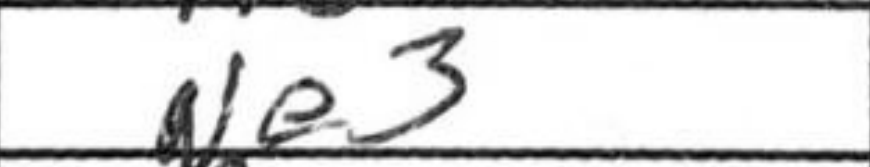
Transcription: Ne3